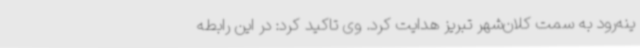
ینه‌رود به سمت کلان‌شهر تبریز هدایت کرد. وی تاکید کرد: در این رابطه